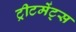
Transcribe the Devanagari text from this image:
ट्रीटमेंट्स